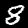
Digit: 8